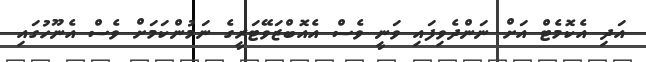
އަދި އެކޮމެޓް އަށް ނަންދެވިފައި ވަނީ ވެސް އެއޮބްޒަވޭޓަރީގެ ނަމުންކަމަށް ވެސް އެނޫހުގައި